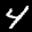
Label: 4